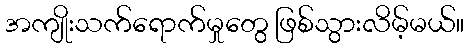
အကျိုးသက်ရောက်မှုတွေ ဖြစ်သွားလိမ့်မယ်။